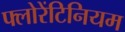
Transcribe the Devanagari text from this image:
फ्लोरेंटिनियम